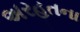
અરહતના